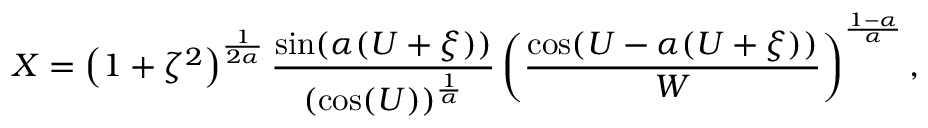
X = \left( 1 + \zeta ^ { 2 } \right) ^ { \frac { 1 } { 2 \alpha } } { \frac { \sin ( \alpha ( U + \xi ) ) } { ( \cos ( U ) ) ^ { \frac { 1 } { \alpha } } } } \left( { \frac { \cos ( U - \alpha ( U + \xi ) ) } { W } } \right) ^ { \frac { 1 - \alpha } { \alpha } } ,